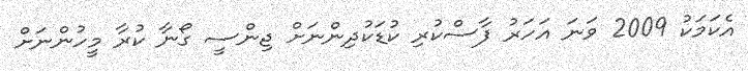
އެކަމަކު 2009 ވަނަ އަހަރު ފާސްކުރި ކުޑަކުދިންނަށް ޖިންސީ ގޯނާ ކުރާ މީހުންނަށް